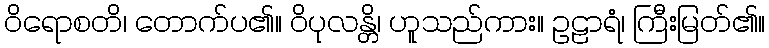
ဝိရောစတိ၊ တောက်ပ၏။ ဝိပုလန္တိ၊ ဟူသည်ကား။ ဥဠာရံ၊ ကြီးမြတ်၏။